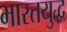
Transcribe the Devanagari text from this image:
भारतयुद्ध